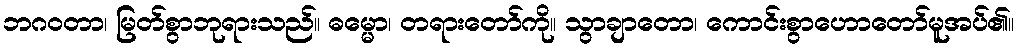
ဘဂဝတာ၊ မြတ်စွာဘုရားသည်။ ဓမ္မော၊ တရားတော်ကို။ သွာချာတော၊ ကောင်းစွာဟောတော်မူအပ်၏။